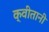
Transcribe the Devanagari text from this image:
क्वीतानी